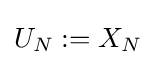
U_{N}:=X_{N}